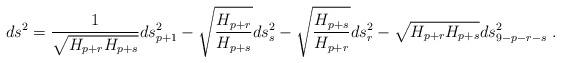
LaTeX: \begin{align*}ds^2 = {1\over \sqrt {H_{p+r}H_{p+s}}}ds^2_{p+1} - \sqrt {{H_{p+r}\over H_{p+s}}}ds^2_s - \sqrt {{H_{p+s}\over H_{p+r}}}ds^2_r - \sqrt {H_{p+r}H_{p+s}} ds^2_{9-p-r-s} \ .\end{align*}